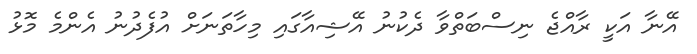
އޭނާ އަކީ ރާއްޖެ ނިސްބަތްވާ ދެކުނު އޭޝިއާގައި މިހާތަނަށް އުފެދުނު އެންމެ މޮޅު